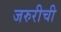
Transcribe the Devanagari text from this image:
जरुरीची